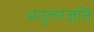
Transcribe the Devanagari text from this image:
अनुत्तरज्ञप्ति